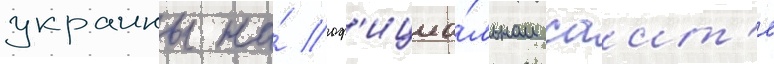
украины на́ оф'ициа́льном саит'е